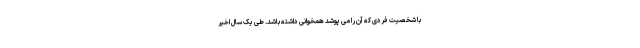
با شخصیت فردی که آن را می پوشد همخوانی داشته باشد. طی یک سال اخیر